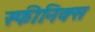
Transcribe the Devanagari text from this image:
स्फीनिक्स